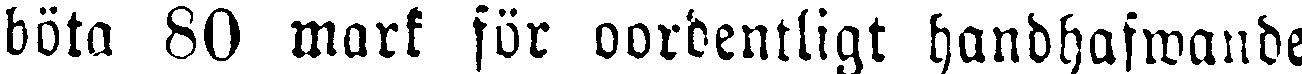
böta 80 mark för oordentligt handhafwande